Senior Leaving Certificate Examination (including Day School Certificate (Higher) General paper), 1947
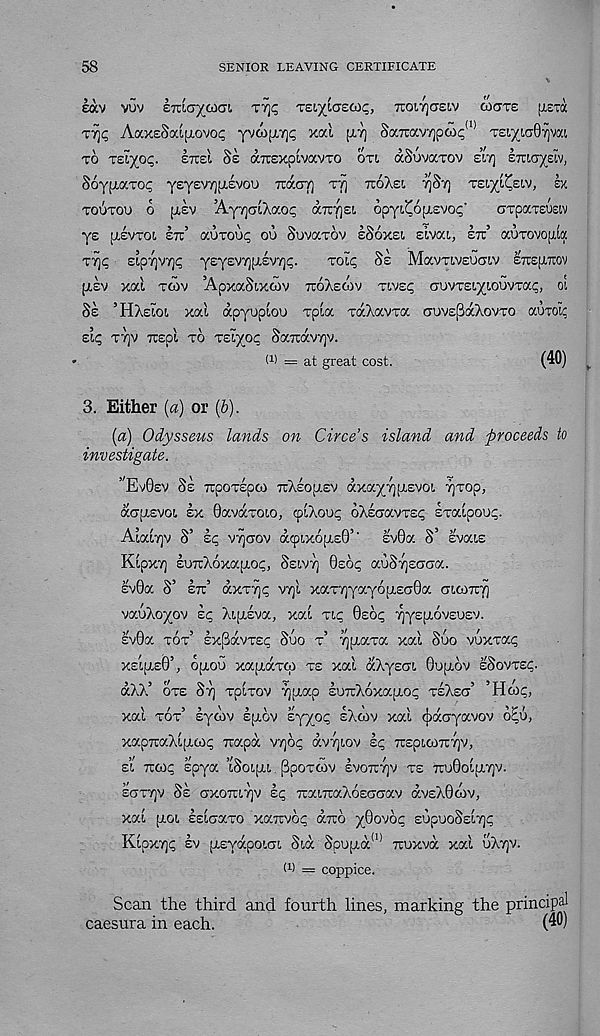
58
SENIOR LEAVING CERTIFICATE
eocv vuv emayoiai irf, 'zziyycz^c, 7to!,7]cr£t.v gxtte [i.etix
AaxeSaifLovoi;
xal [lt] SaTuavy]pG)<; <1) T£i.^iG07ivat
TO TEl^OC. ETCEl Se aiTEXpiVaVTO OT!, aSuvaTOV £17) ETUC^EW,
SoypiaTOp y£Y£V'/)p.£VOO 7ia.CJ7) T'/j TToXs!, 7)St) TEl/L^ELV, EX
TOUTOO 6 [LEV ’AyTJClXaOp (XTTTjEI. 6pyL^6[X£VOp'
GTpOCTEUEW
ys (LEVTOi etc’ auroup ou Suvaxov ISoxei sivai, etc’ auTOVojiia
T7)C Etp7]V7]P yEyEVTjplEVTjp.
TOip §£ MaVTIVEUCJIV ETtEJLTOV
(LEV xai TWV ’ApxaSlXOJV TTOXeOIV Tivsp CJOVTEL^lOUVTap, ol
Se ’HXeloi, xal apyupiou xpia TaXavxa auvEpaXovro aoxoi?
Sip T7]V Ttspi TO TEiyop SaTcavTjv.
I 1 ) = at great cost.
(40)
3. Either (a) or (&).
[a) Odysseus lands on Circe’s island and proceeds to
investigate.
lAGsv Se TTpOTspoi "Xeop.EV axayyiLEVOL -/)Top,
acrpiEvoi ex Oavaxoio, <ptXoup oXEcavTsp ETaipoo<;.
Atatajv S’ Ip v7)(iov dcpixopisQ’' £v0a S’ svais
KipxT] EUTxXoxajxop, Sew7) Qsop auSTjEcoa.
EV0a S’ Irt’ dxT7)p VTjl xaT7)yay6[i,Ea0oc ctioott]
vaoXoyov Ip Xiptlva, xat Tip 0£op ^yspiovEUEV.
Ev0a tot’ Ix^avTsp Suo t’ ypiaTa xai Suo vuxtocp
XEipisO’, optou xapidiTCp te xai dXyscri 0upiov eSovtsp.
dXX’ ote St) xpiTOV Tjpiap luTuXoxapiop teXeg’ ’Hcop,
xai tot’ lyoiv Ipiov eyyop eXcov xai (jidoyavov o^u,
xapiraXipicop Trapd VTjop dvTjiov Ip Trspiom^v,
El 7C00C spya ’iSoipil. PpOTCOV lvOTC7)V TE 7rO0Ol[X7)V.
eottjv SI axoTtiTjv Ip TraiTuaXoEGaav dvEX0cov,
xai [xoi IsiaaTO xairvop druo y0ovop EUpuoSsiTjp
Kipx7)p Iv (LsyapoiGi Sid Spuptd (1) Ttoxvd xai uXtjv.
(i) = coppice.
Scan the third and fourth lines, marking the principal
caesura in each.
(40)